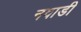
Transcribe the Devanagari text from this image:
नवाडी